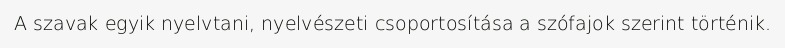
A szavak egyik nyelvtani, nyelvészeti csoportosítása a szófajok szerint történik.